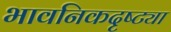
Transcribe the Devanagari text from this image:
भावनिकदृष्‍ट्या